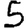
Digit: 5